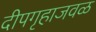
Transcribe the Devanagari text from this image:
दीपगृहाजवळ